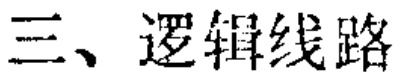
三、逻辑线路